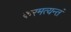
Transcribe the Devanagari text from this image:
करमत्यन्तं